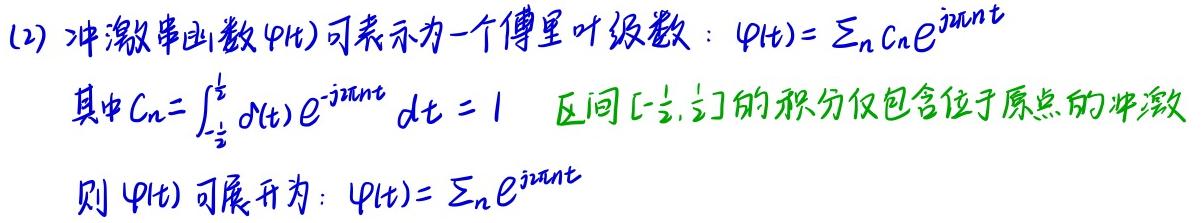
(2) 冲激串函数$\varphi(t)$可表示为一个傅里叶级数：$\varphi(t)=\sum_{n}c_{n}e^{j2\pi nt}$

其中$c_{n}=\int_{-\frac{1}{2}}^{\frac{1}{2}}\delta(t)e^{-j2\pi nt}dt = 1$  区间$[-\frac{1}{2},\frac{1}{2}]$的积分仅包含位于原点的冲激

则$\varphi(t)$可展开为：$\varphi(t)=\sum_{n}e^{j2\pi nt}$